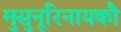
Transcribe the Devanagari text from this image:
मुसुनूरिनायकौ